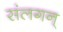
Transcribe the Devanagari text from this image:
संलगन्